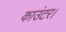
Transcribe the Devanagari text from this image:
काउंटर।